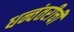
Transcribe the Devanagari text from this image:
धन्वंतरीची